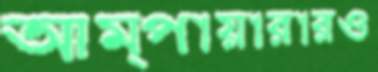
আম্পায়ারারও